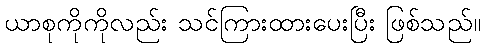
ယာစုကိုကိုလည်း သင်ကြားထားပေးပြီး ဖြစ်သည်။